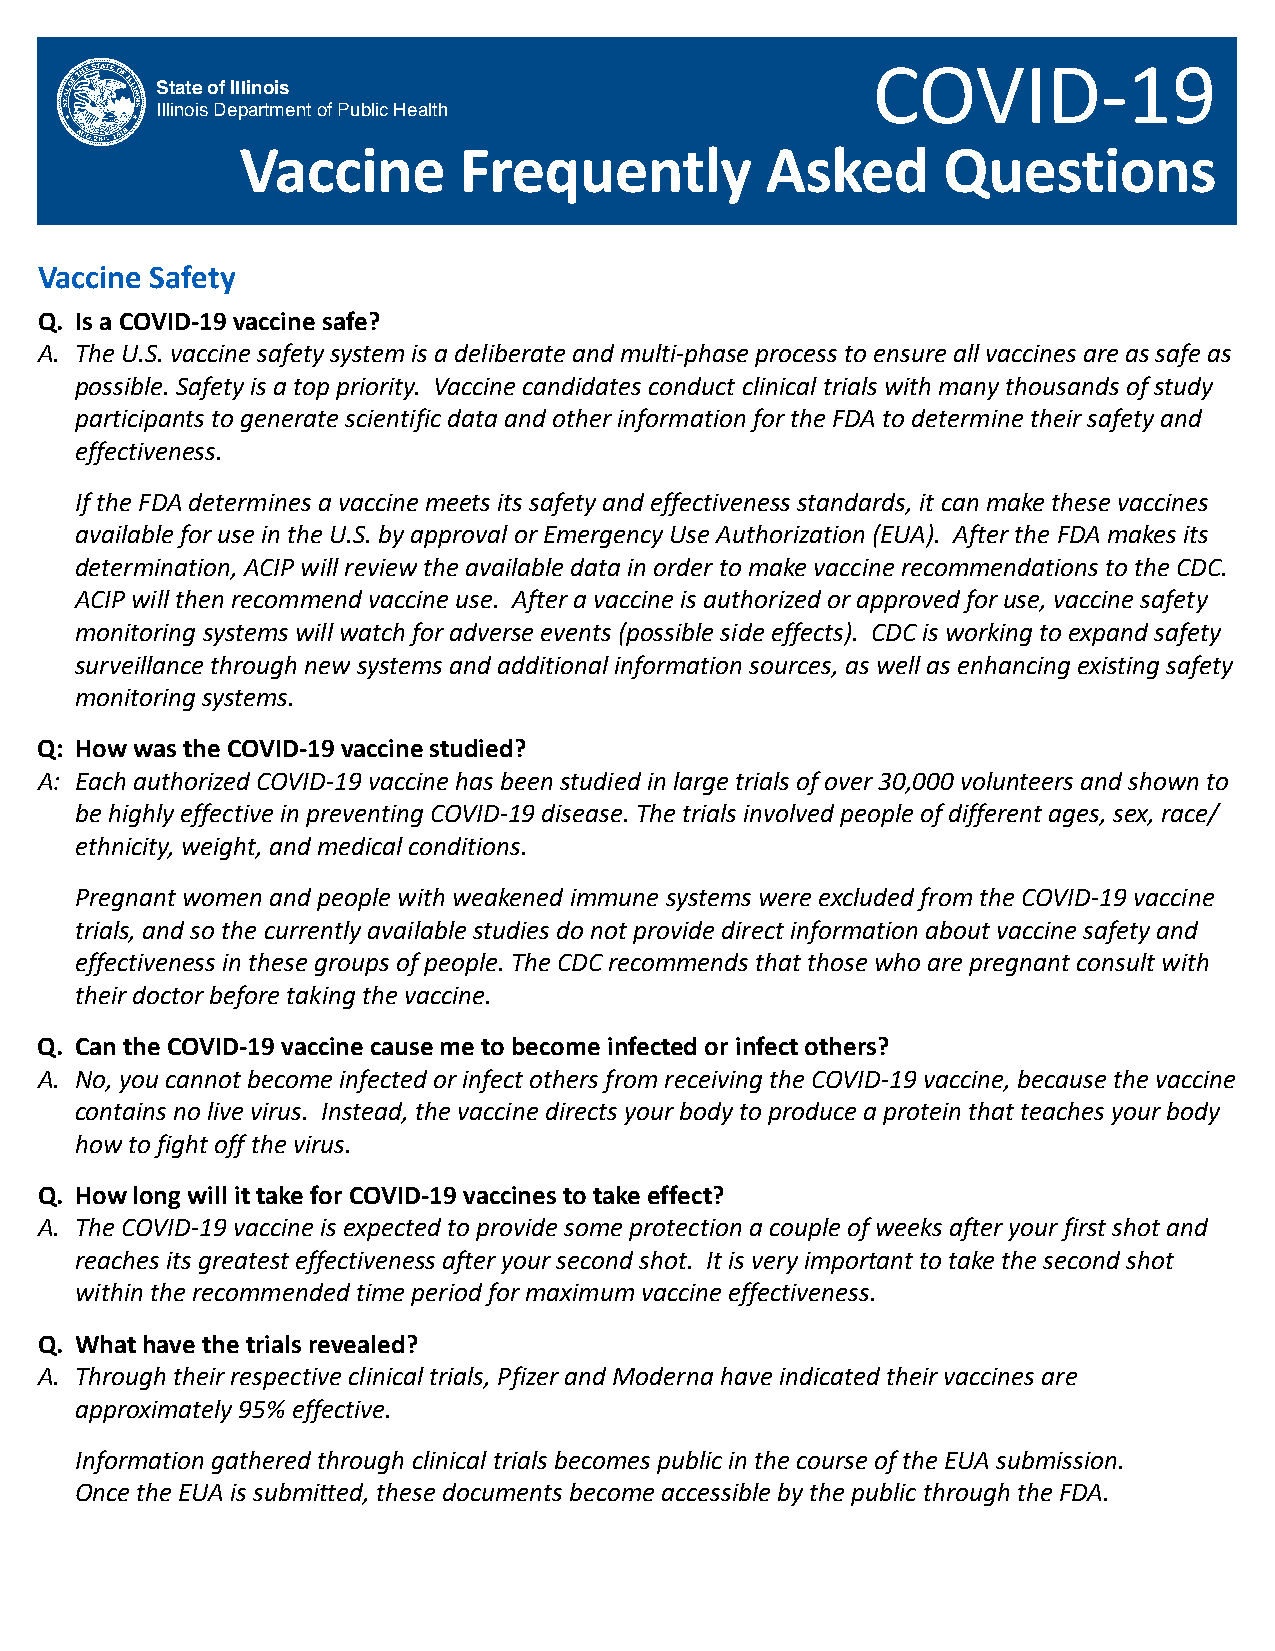
COVID-19
 State of Illinois
 Illinois Department of Public Health
 Vaccine       Frequently           Asked      Questions
 Vaccine Safety
 Q. Is a COVID-19 vaccine safe?
 A. The U.S. vaccine safety system is a deliberate and multi-phase process to ensure all vaccines are as safe as
 possible. Safety is a top priority. Vaccine candidates conduct clinical trials with many thousands of study
 participants to generate scientific data and other information for the FDA to determine their safety and
 effectiveness.
 If the FDA determines a vaccine meets its safety and effectiveness standards, it can make these vaccines
 available for use in the U.S. by approval or Emergency Use Authorization (EUA). After the FDA makes its
 determination, ACIP will review the available data in order to make vaccine recommendations to the CDC.
 ACIP will then recommend vaccine use. After a vaccine is authorized or approved for use, vaccine safety
 monitoring systems will watch for adverse events (possible side effects). CDC is working to expand safety
 surveillance through new systems and additional information sources, as well as enhancing existing safety
 monitoring systems.
 Q: How was the COVID-19 vaccine studied?
 A: Each authorized COVID-19 vaccine has been studied in large trials of over 30,000 volunteers and shown to
 be highly effective in preventing COVID-19 disease. The trials involved people of different ages, sex, race/
 ethnicity, weight, and medical conditions.
 Pregnant women and people with weakened immune systems were excluded from the COVID-19 vaccine
 trials, and so the currently available studies do not provide direct information about vaccine safety and
 effectiveness in these groups of people. The CDC recommends that those who are pregnant consult with
 their doctor before taking the vaccine.
 Q. Can the COVID-19 vaccine cause me to become infected or infect others?
 A. No, you cannot become infected or infect others from receiving the COVID-19 vaccine, because the vaccine
 contains no live virus. Instead, the vaccine directs your body to produce a protein that teaches your body
 how to fight off the virus.
 Q. How long will it take for COVID-19 vaccines to take effect?
 A. The COVID-19 vaccine is expected to provide some protection a couple of weeks after your first shot and
 reaches its greatest effectiveness after your second shot. It is very important to take the second shot
 within the recommended time period for maximum vaccine effectiveness.
 Q. What have the trials revealed?
 A. Through their respective clinical trials, Pfizer and Moderna have indicated their vaccines are
 approximately 95% effective.
 Information gathered through clinical trials becomes public in the course of the EUA submission.
 Once the EUA is submitted, these documents become accessible by the public through the FDA.